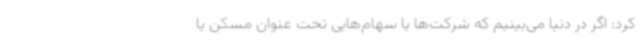
کرد: اگر در دنیا می‌بینیم که شرکت‌ها یا سهام‌هایی تحت عنوان مسکن یا